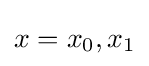
x=x_{0},x_{1}